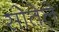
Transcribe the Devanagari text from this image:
सोतेले